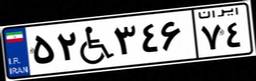
۴۱W۲۰۶۶۱